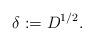
LaTeX: \begin{align*}\delta_{}:= D^{1/2}.\end{align*}